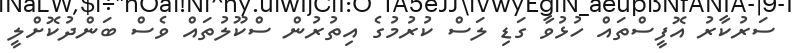
ސަރުކާރު އޮފީސްތައް ހުޅުވާ ގަޑި ލަސް ކުރުމުގެ އިތުރުން ސްކޫލުތައް ވެސް ބަންދުކޮށްލީ